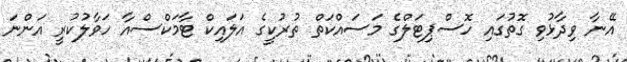
އޭނާ ވިދާޅުވި ގޮތުގައި ހޮސްޕިޓަލްގެ މަސައްކަތް ތުރުކީގެ އަލައިކް ޓާމަކްސްއާ ހަވާލުކުރީ އަންނަ